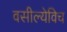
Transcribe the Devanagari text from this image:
वसील्येविच